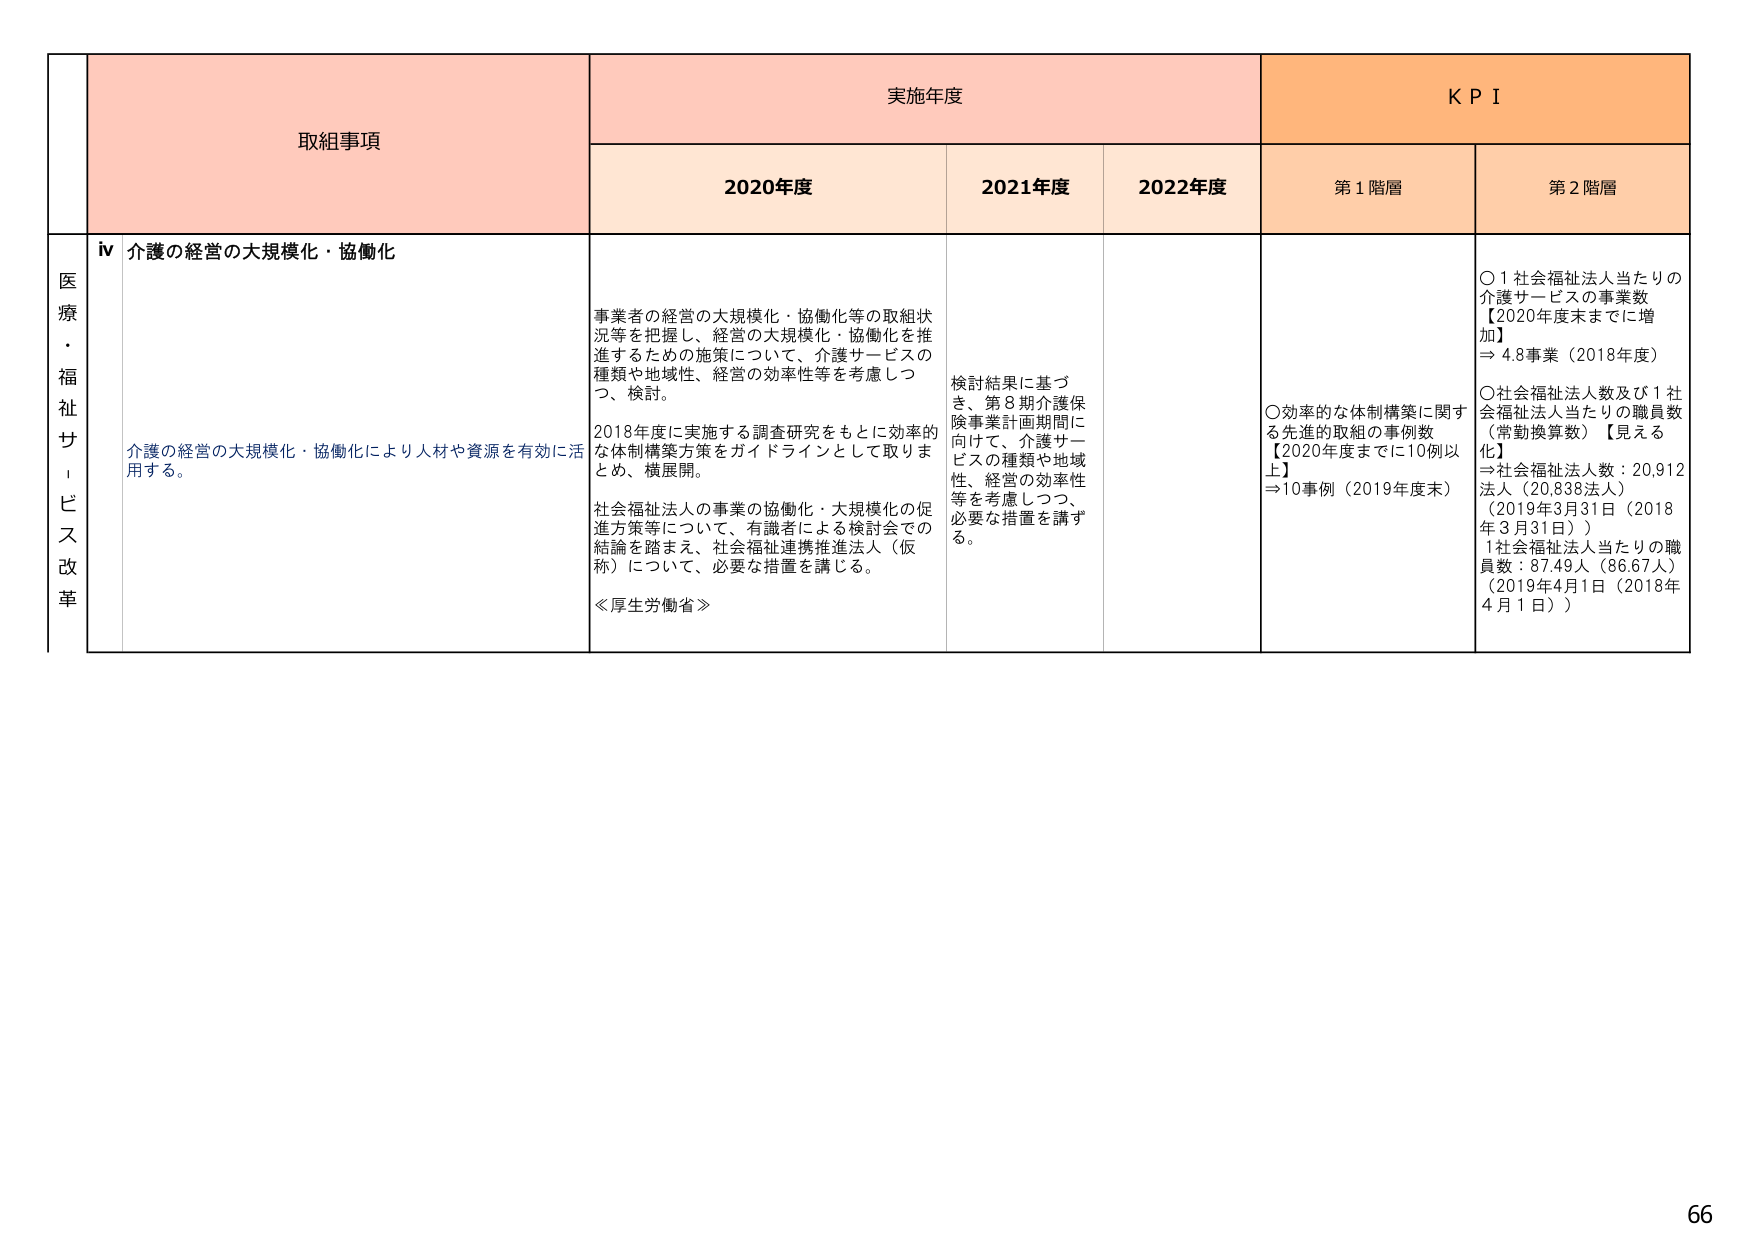
医療・福祉サービス改革

取組事項

実施年度

KPI

2020年度

2021年度

2022年度

第1階層

第2階層

ⅳ 介護の経営の大規模化・協働化

介護の経営の大規模化・協働化により人材や資源を有効に活用する。

事業者の経営の大規模化・協働化等の取組状況等を把握し、経営の大規模化・協働化を推進するための施策について、介護サービスの種類や地域性、経営の効率性等を考慮しつつ、検討。

2018年度に実施する調査研究をもとに効率的な体制構築方策をガイドラインとして取りまとめ、横展開。

社会福祉法人の事業の協働化・大規模化の促進方策等について、有識者による検討会での結論を踏まえ、社会福祉連携推進法人（仮称）について、必要な措置を講じる。

≪厚生労働省≫

検討結果に基づき、第8期介護保険事業計画期間に向けて、介護サービスの種類や地域性、経営の効率性等を考慮しつつ、必要な措置を講ずる。

〇効率的な体制構築に関する先進的取組の事例数【2020年度までに10例以上】⇒10事例（2019年度末）

〇1社会福祉法人当たりの介護サービスの事業数【2020年度末までに増加】⇒4.8事業（2018年度）

〇社会福祉法人数及び1社会福祉法人当たりの職員数（常勤換算数）【見える化】⇒社会福祉法人数：20,912法人（20,838法人）（2019年3月31日（2018年3月31日））1社会福祉法人当たりの職員数：87.49人（86.67人）（2019年4月1日（2018年4月1日））

66